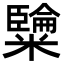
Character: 𥽐